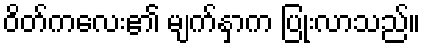
ဝိတ်ကလေး၏ မျက်နှာက ပြုံးလာသည်။